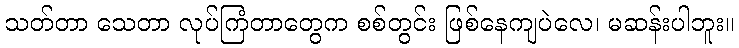
သတ်တာ သေတာ လုပ်ကြံတာတွေက စစ်တွင်း ဖြစ်နေကျပဲလေ၊ မဆန်းပါဘူး။